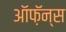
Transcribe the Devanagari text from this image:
ऑफ़ॅन्स